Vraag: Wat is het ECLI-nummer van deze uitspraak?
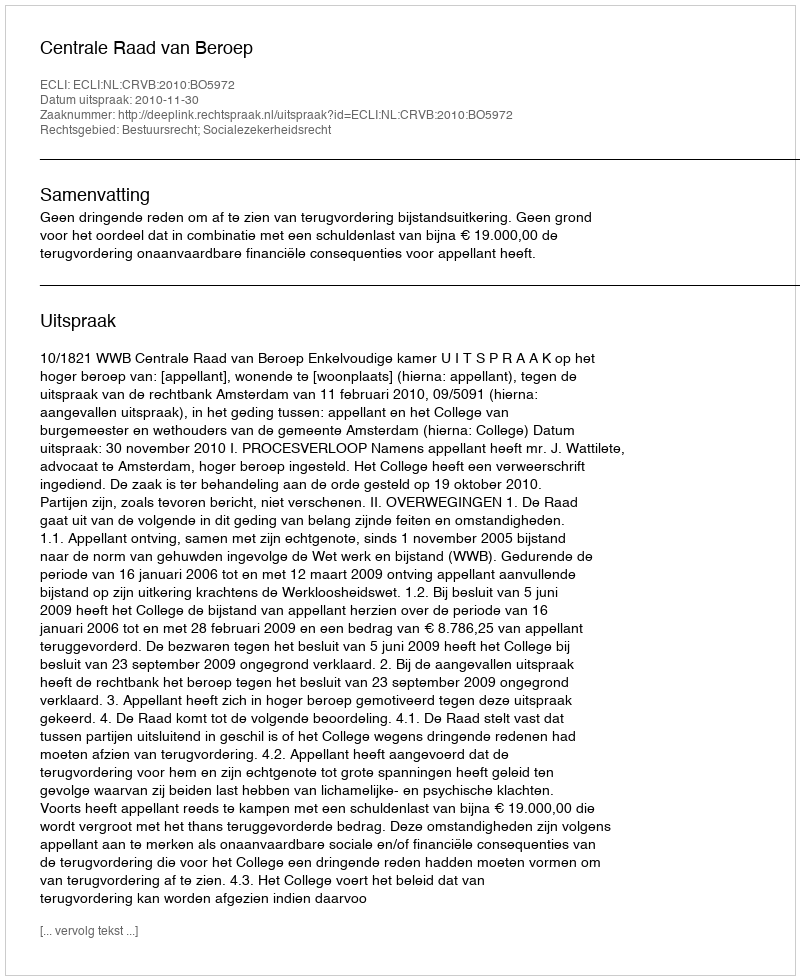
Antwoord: ECLI:NL:CRVB:2010:BO5972